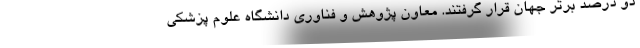
دو درصد برتر جهان قرار گرفتند. معاون پژوهش و فناوری دانشگاه علوم پزشکی